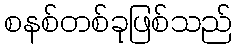
စနစ်တစ်ခုဖြစ်သည်